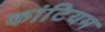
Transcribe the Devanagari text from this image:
कांटियम